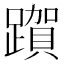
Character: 𮜗